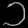
Digit: ၁